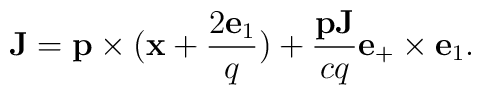
{\bf J}={\bf p}\times({\bf x}+\frac{2{\bf e}_1}{q})+\frac{{\bf pJ}}{cq}{\bf e}_+\times{\bf e}_1.